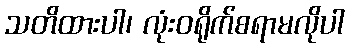
သတိထားပါ၊ လုံးဝရိုက်စရာမလိုပါ